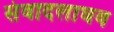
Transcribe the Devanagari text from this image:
संवादलाघव